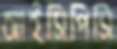
আইসিপিসি